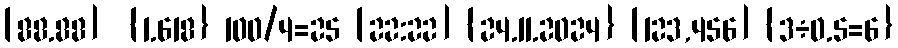
[88.88]  {1.618} 100/4=25 [22:22] {24.11.2024} [123,456] {3÷0.5=6}